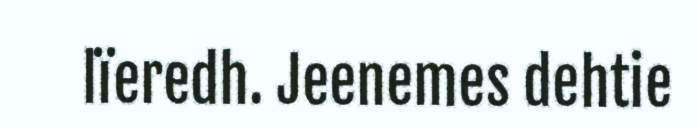
lïeredh. Jeenemes dehtie